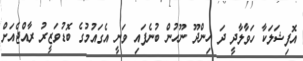
އޮފިޝަލަކާ ހަވާލާދީ ދަ ހިންދޫ ނޫހުން ބުނެފައި ވަނީ އެގައުމުގެ ބޮޑުވަޒީރު ރާއްޖެއަށް